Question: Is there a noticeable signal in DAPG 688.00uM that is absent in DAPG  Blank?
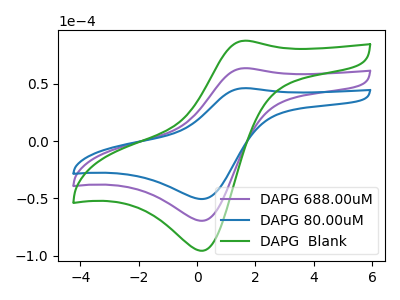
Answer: <think>The purple curve "DAPG 688.00uM" has an anodic peak at (1.60V, 63.75uA) and a cathodic peak at (0.20V, -69.50uA). The blue curve "DAPG 80.00uM" has an anodic peak at (1.60V, 46.30uA) and a cathodic peak at (0.20V, -50.50uA). The green curve "DAPG  Blank" has an anodic peak at (1.60V, 127.45uA) and a cathodic peak at (0.20V, -139.05uA).
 All the peaks in "DAPG 688.00uM" have a peak in "DAPG  Blank" at the same potential. Every peak in "DAPG 688.00uM" is lower than every peak in "DAPG  Blank".</think>
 <answer>No, "DAPG 688.00uM" and "DAPG  Blank" don't appear to be significantly different in shape</answer>
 <eval>no_change</eval>